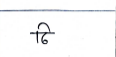
मजकूर: ठि